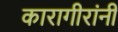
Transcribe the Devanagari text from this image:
कारागीरांनी